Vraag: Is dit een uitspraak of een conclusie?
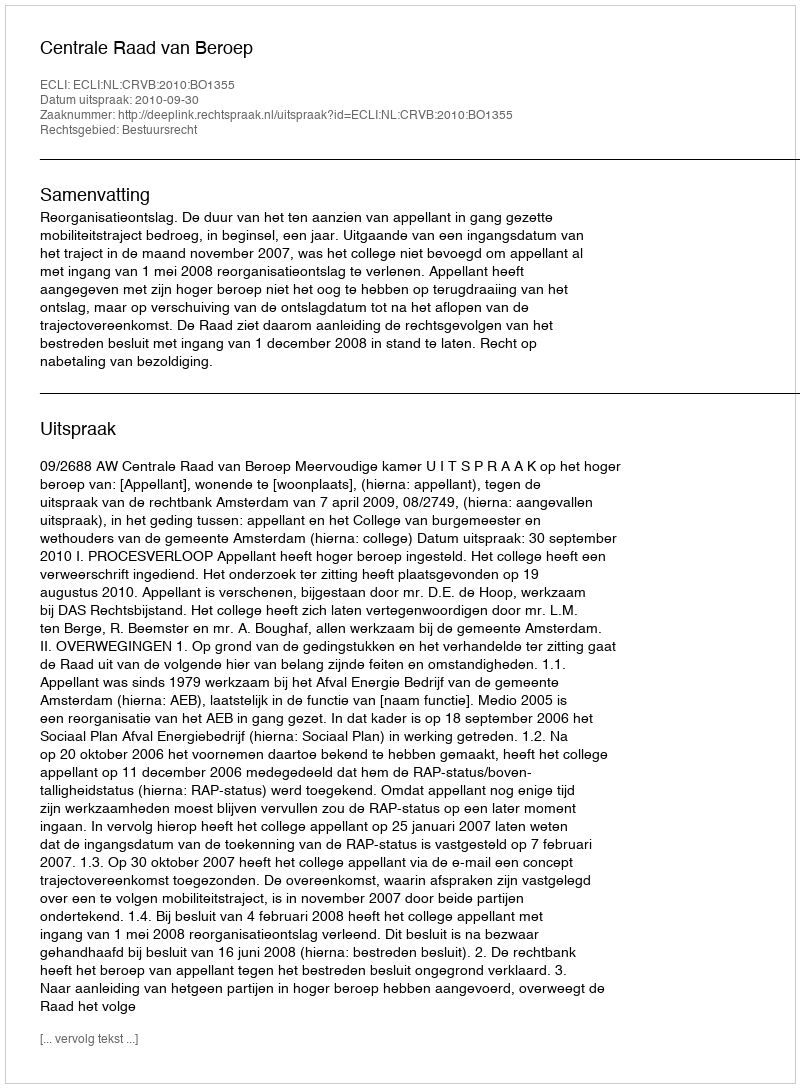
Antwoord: Uitspraak